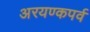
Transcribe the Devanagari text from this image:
अरयण्कपर्व